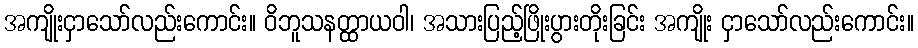
အကျိုးငှာသော်လည်းကောင်း။ ဝိဘူသနတ္ထာယဝါ၊ အသားပြည့်ဖြိုးပွားတိုးခြင်း အကျိုး ငှာသော်လည်းကောင်း။